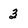
Character: 3